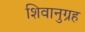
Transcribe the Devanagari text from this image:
शिवानुग्रह